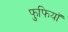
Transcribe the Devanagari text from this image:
फुफियाॅ